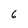
Character: 6